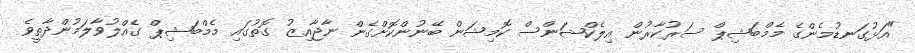
"އަޅުގަނޑުމެންގެ މެމްބަޝިޕް ސަރުކާރުން އިލެކްޝަންސް ކޮމިޝަން ބޭނުންކޮށްގެން ނާޖާއިޒު ގޮތުގައި މެމްބަޝިޕް ގެއްލުވާލަމުންދާތީވެ